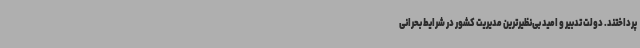
پرداختند. دولت تدبیر و امید بی‌نظیرترین مدیریت کشور در شرایط بحرانی